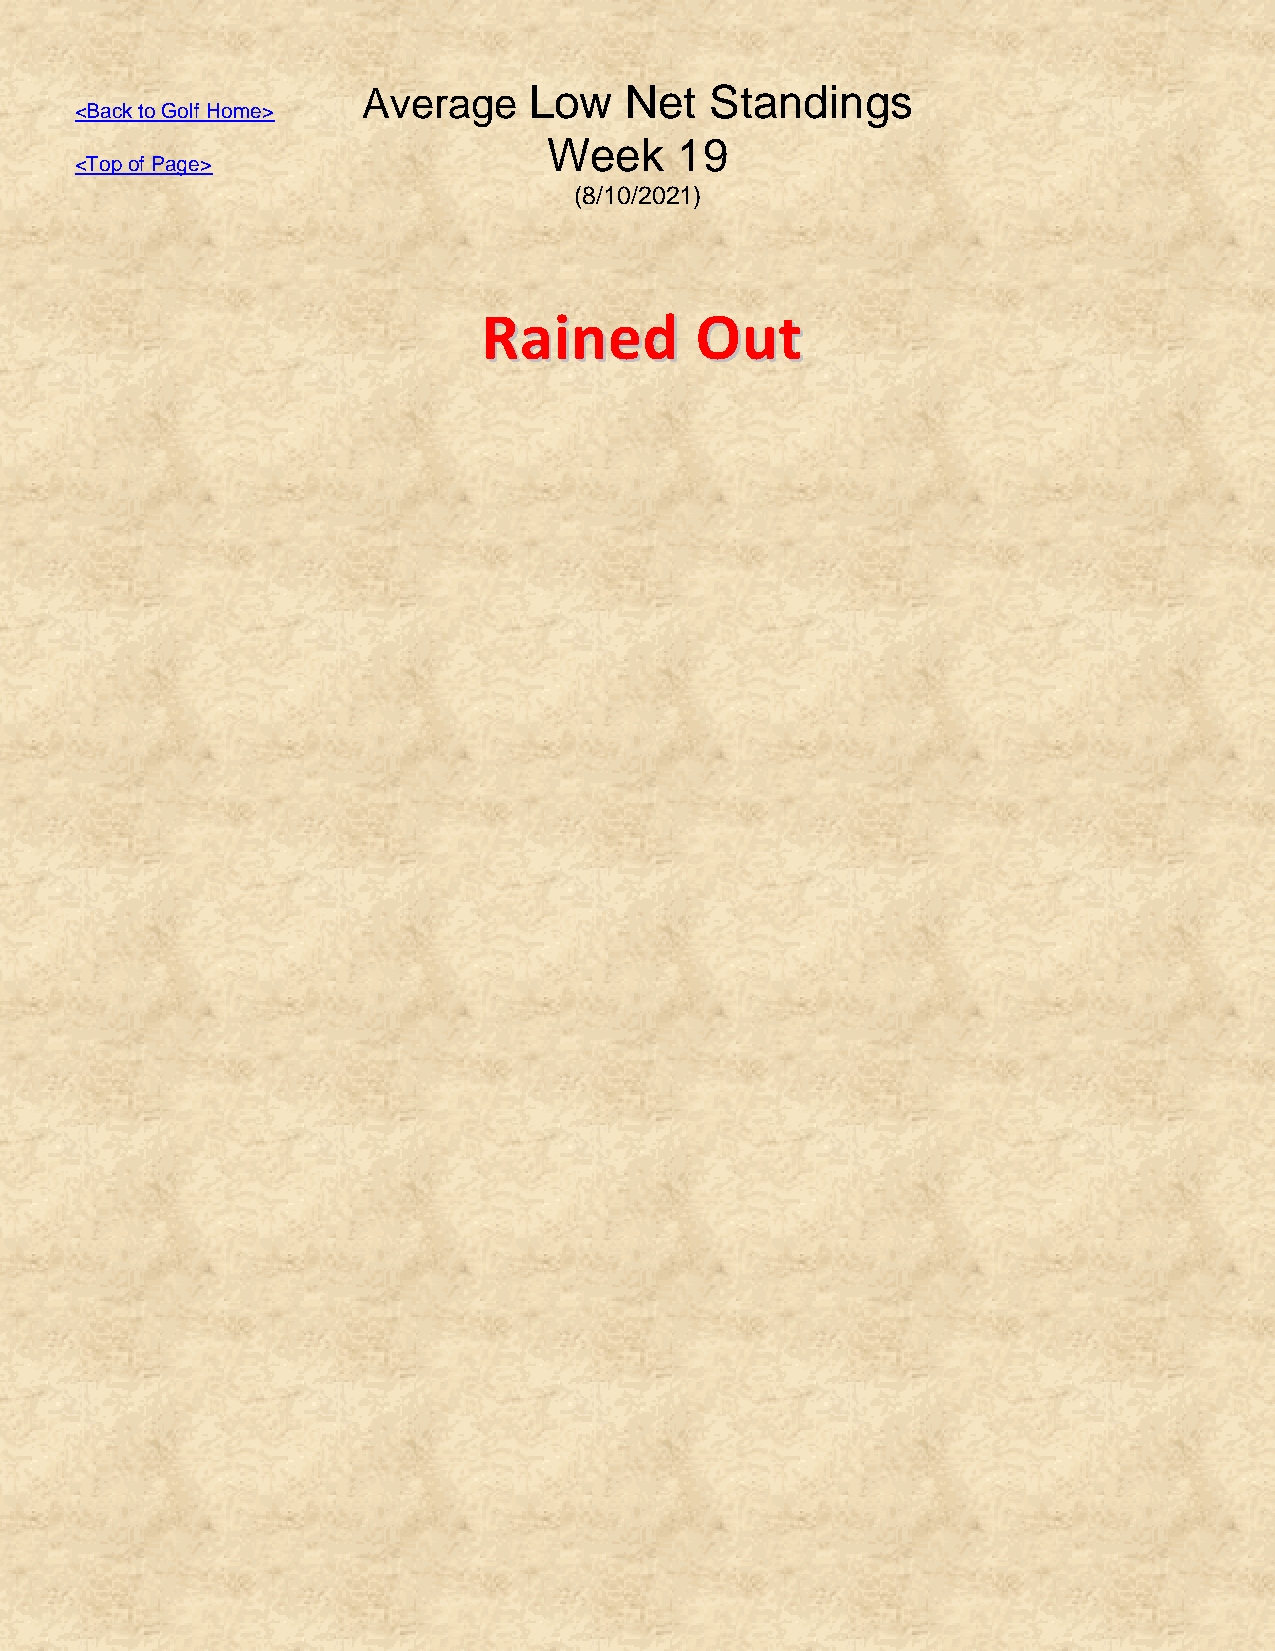
Average    Low   Net   Standings
 <Back to Golf Home>
 Week     19
 <Top of Page>
 (8/10/2021)
 RRaaiinneedd  OOuutt